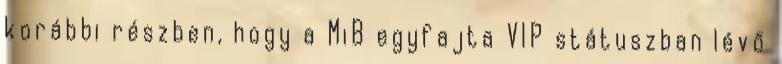
korábbi részben, hogy a MiB egyfajta VIP státuszban lévő